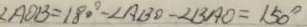
\angle A O B = 1 8 0 ^ { \circ } - \angle A B O - \angle B A O = 1 5 0 ^ { \circ }